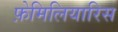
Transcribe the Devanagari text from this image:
फ़ेमिलियारिस